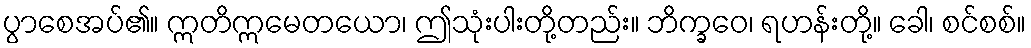
ပွာစေအပ်၏။ ဣတိဣမေတယော၊ ဤသုံးပါးတို့တည်း။ ဘိက္ခဝေ၊ ရဟန်းတို့။ ခေါ၊ စင်စစ်။